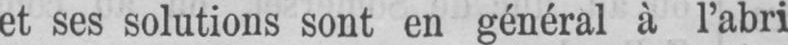
et ses solutions sont en général à l’abri